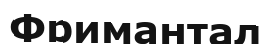
Фримантал